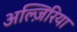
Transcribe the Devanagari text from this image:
अल्ज़िरिया